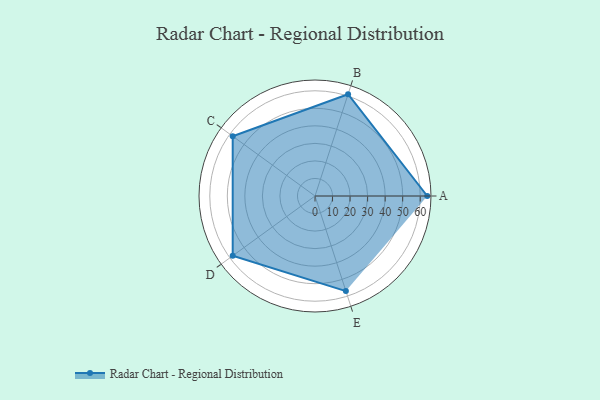
{"axis": {"x": "Skill", "y": "Score"}, "legend": ["Profile"], "data": [{"x": "A", "y": 64.0, "type": "Profile"}, {"x": "B", "y": 61.0, "type": "Profile"}, {"x": "C", "y": 58.0, "type": "Profile"}, {"x": "D", "y": 58.0, "type": "Profile"}, {"x": "E", "y": 57.0, "type": "Profile"}]}